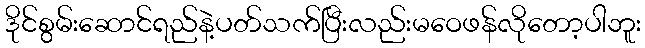
ဒိုင်စွမ်းဆောင်ရည်နဲ့ပတ်သက်ပြီးလည်းမဝေဖန်လိုတော့ပါဘူး